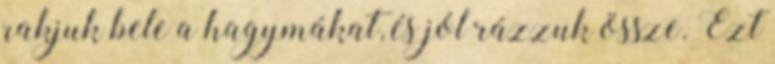
rakjuk bele a hagymákat, és jól rázzuk össze. Ezt